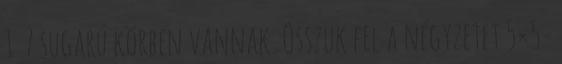
1 7 sugarú körben vannak. Osszuk fel a négyzetet 5×5=